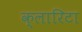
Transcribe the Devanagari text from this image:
क्लारिटा